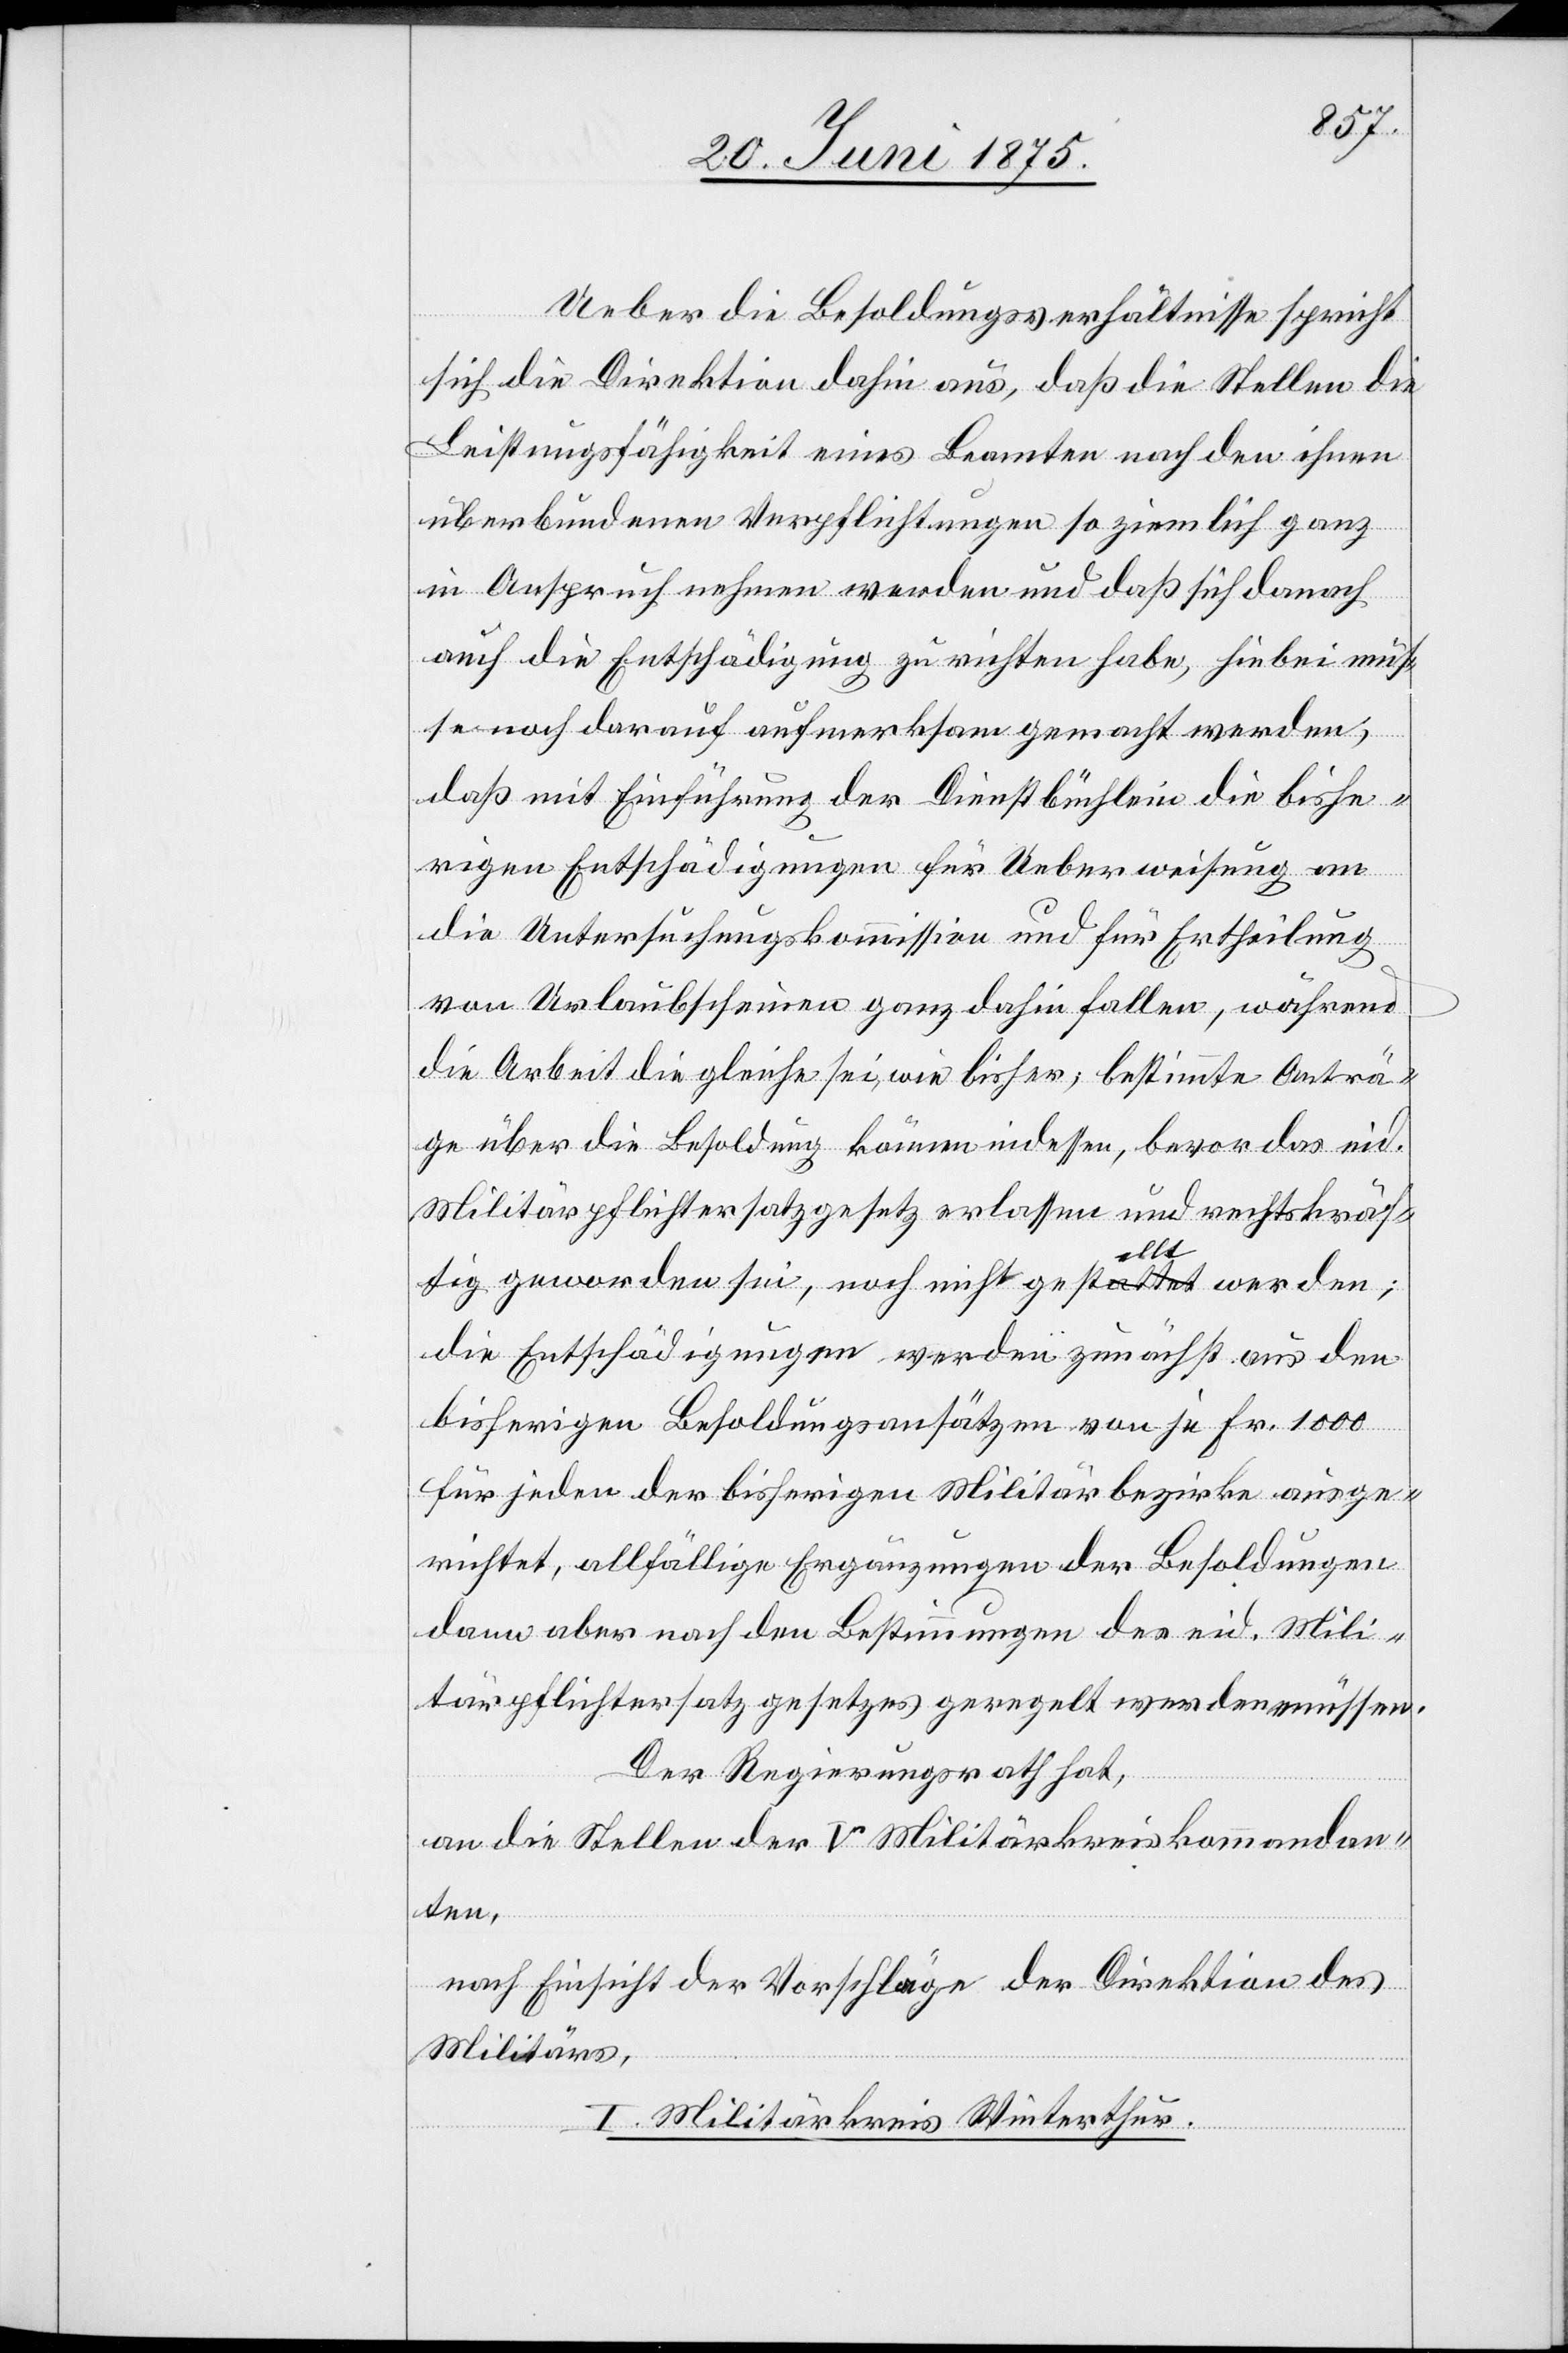
Ueber die Besoldungsverhältnisse spricht
sich die Direktion dahin aus, daß die Stellen die
Leistungsfähigkeit eines Beamten nach den ihnen
überbundenen Verpflichtungen so ziemlich ganz
in Anspruch nehmen werden und daß sich danach
auch die Entschädigung zu richten habe, hiebei müs¬
se noch darauf aufmerksam gemacht werden,
daß mit Einführung der Dienstbüchlein die bishe¬
rigen Entscheidungen für Ueberweisung an
die Untersuchungskommission und für Ertheilung
von Urlaubscheinen ganz dahin fallen, während
die Arbeit die gleiche sei, wie bisher, bestimmte Anträ¬
ge über Besoldung können indessen, bevor das eid.
Militärpflichtersatzgesetz erlassen und rechtskräf¬
tig geworden sei, noch nicht gestellt werden;
die Entschädigungen werden zunächst aus den
bisherigen Besoldungsansätzen von je Fr. 1000
für jeden der bisherigen Militärbezirke ausge¬
richtet, allfällige Ergänzungen der Besoldungen
dann aber nach den Bestimmungen des eid. Mili¬
tärpflichtersatzgesetzes geregelt werden müssen.
Der Regierungsrath hat,
an die Stellen der V Militärkreiskommandan¬
ten,
nach Einsicht der Vorschläge der Direktion des
Militärs,
I. Militärkreis Winterthur.